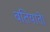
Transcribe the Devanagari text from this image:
बतियाते।